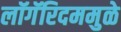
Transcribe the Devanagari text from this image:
लॉगॅरिदममुळे